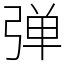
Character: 弹